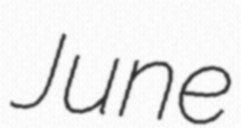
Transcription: June